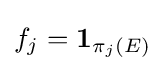
f_{j}=\mathbf {1} _{\pi _{j}(E)}